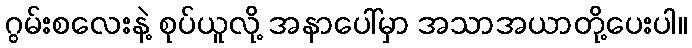
ဂွမ်းစလေးနဲ့ စုပ်ယူလို့ အနာပေါ်မှာ အသာအယာတို့ပေးပါ။